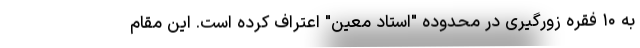
به ۱۰ فقره زورگیری در محدوده "استاد معین" اعتراف کرده است. این مقام